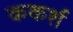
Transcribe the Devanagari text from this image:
ककर्श